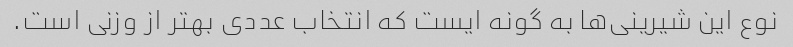
نوع این شیرینی‌ها به گونه ایست که انتخاب عددی بهتر از وزنی است.